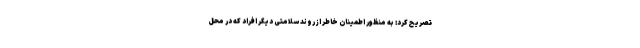
تصریح کرد: به منظور اطمینان خاطر از روند سلامتی دیگر افراد که در محل